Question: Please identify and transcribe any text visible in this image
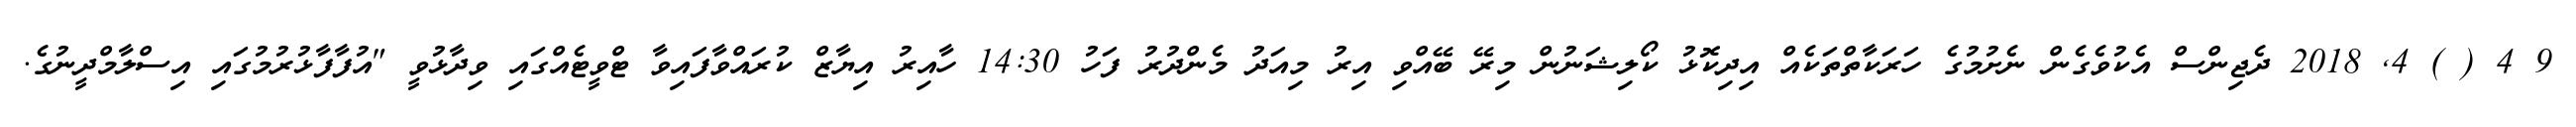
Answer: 9 4 ( ) 4, 2018 ދެޖިންސް އެކުވެގެން ނެށުމުގެ ހަރަކާތްތަކެއް އިދިކޮޅު ކޯލިޝަނުން މިރޭ ބޭއްވި އިރު މިއަދު މެންދުރު ފަހު 14:30 ހާއިރު އިޔާޒް ކުރައްވާފައިވާ ޓްވީޓެއްގައި ވިދާޅުވީ "އުފާފާޅުރުމުގައި އިސްލާމްދީނުގެ.